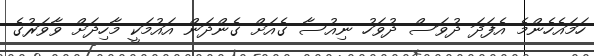
ހަމައެހެންމެ އެފަދަ ދުވަސް ދުވަހު ނިއުސާ ގެއަށް ގެންދަން އައުމަކީ މާހިދަށް ވާވަރުގެ